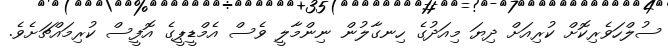
ސުލްހަވެރިކޮށް ކުރިއަށް ދިޔަ މިއަދުގެ ހިނގާލުން ނިންމާލީ ވެސް އެމްޑީޕީގެ އޮފީސް ކުރިމައްޗަށެވެ.